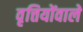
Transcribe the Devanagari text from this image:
वृत्तियोंवाले